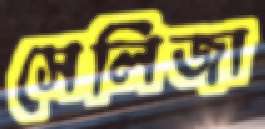
সেলিজা